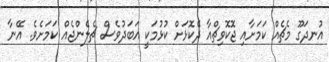
އުނދަގޫ މެޗެއް ކަމަށާއި ޖޮކޮވިޗްއާ ދެކޮޅަށް ކުޅުމަކީ އަބަދުވެސް ޗެލެންޖެއް ކަމަށެވެ. އޭނާ